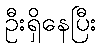
ဦးရှိနေပြီး